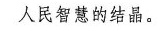
人民智慧的结晶。